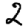
Digit: 2